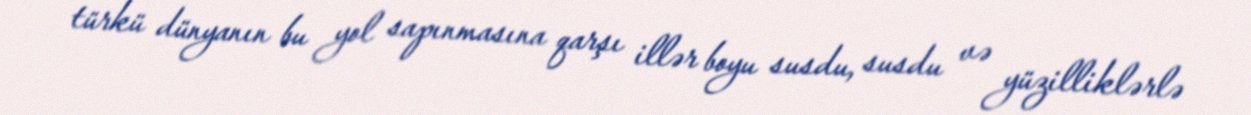
türkü dünyanın bu yol sapınmasına qarşı illər boyu susdu, susdu və yüzilliklərlə